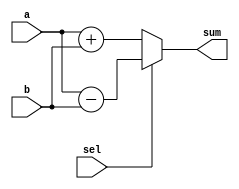
module AdderSubtractor_1210708 #(parameter n =4) (input signed [n+1:0] a, b,
												input sel,
												output reg signed [n+1:0] sum);

//A module that adds or subtract two numbers based on selection
	always @* begin
		if (sel==0)  //adds the two numbers if the selection is zero
			sum = a + b;
		else 
			sum = a - b;//subtract the two numbers if the selection is zero
	end

endmodule